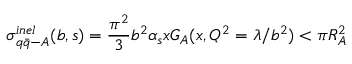
\sigma _ { q \bar { q } - A } ^ { i n e l } ( b , s ) = { \frac { \pi ^ { 2 } } { 3 } } b ^ { 2 } \alpha _ { s } x G _ { A } ( x , Q ^ { 2 } = \lambda / b ^ { 2 } ) < \pi R _ { A } ^ { 2 }